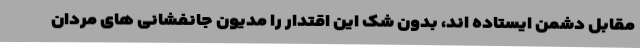
مقابل دشمن ایستاده اند، بدون شک این اقتدار را مدیون جانفشانی های مردان